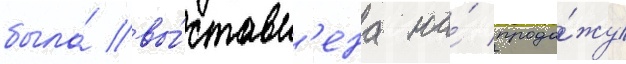
была́ вы́ставл'ена на́ прода́жу